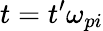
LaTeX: t=t^{\prime}\omega_{pi}